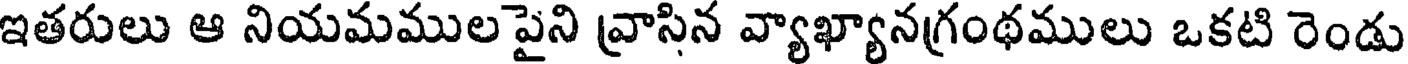
ఇతరులు ఆ నియమముల పైని వ్రాసిన వ్యాఖ్యానగ్రంథములు ఒకటి రెండు